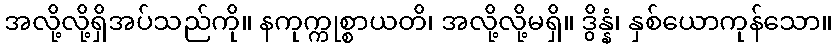
အလို့လို့ရှိအပ်သည်ကို။ နကုက္ကုစ္စာယတိ၊ အလို့လို့မရှိ။ ဒွိန္နံ၊ နှစ်ယောကုန်သော။